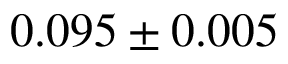
0 . 0 9 5 \pm 0 . 0 0 5